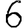
Digit: 6